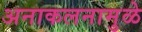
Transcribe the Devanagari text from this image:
अनाकलनामुळे